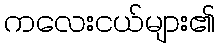
ကလေးငယ်များ၏